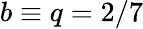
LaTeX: b\equiv q=2/7